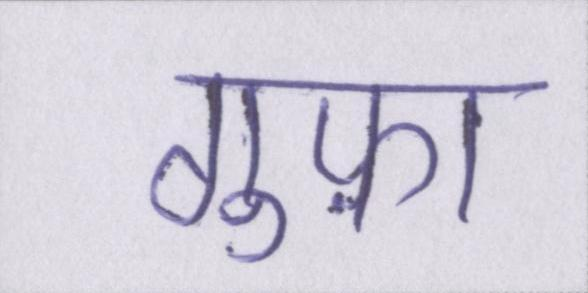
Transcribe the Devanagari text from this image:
गुफ़ा